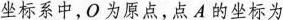
坐标系中，O为原点，点A的坐标为